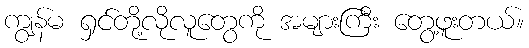
ကျွန်မ ရှင်တို့လိုလူတွေကို အများကြီး တွေ့ဖူးတယ်။